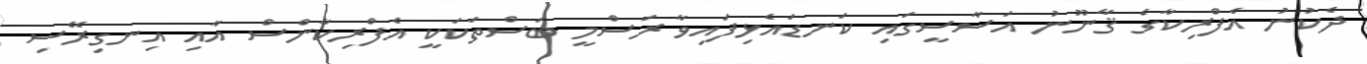
ދެކުނު އެފްރިކާގެ ޤާނޫނު އަސާސީގައި ކަނޑައެޅިފައިވާ ރަސްމީ ބަސްތަކަކީ އެފްރިކާންސް އާއި އިނގިރޭސި